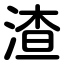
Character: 渣